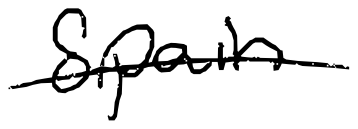
Text: Spain
Cross-out: single-line
Writing tool: digital_black